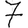
Digit: 7